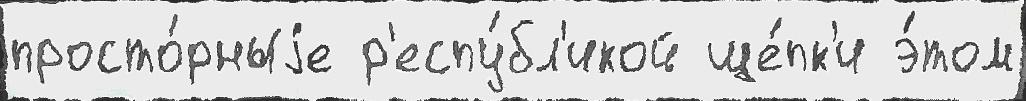
просто́рныjе р'еспу́бл'икой ще́пк'и э́том